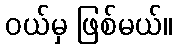
ဝယ်မှ ဖြစ်မယ်။